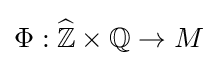
\Phi :{\widehat {\mathbb {Z} }}\times \mathbb {Q} \to M